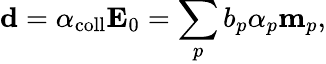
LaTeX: \mathbf{d}=\alpha_{\mathrm{coll}}\mathbf{E}_{0}=\sum_{p}b_{p}\alpha_{p}\mathbf{m}_{p},